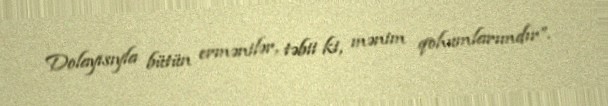
Dolayısıyla bütün ermənilər, təbii ki, mənim qohumlarımdır”.